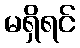
မရှိရင်